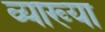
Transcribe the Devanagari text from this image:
व्याख्‍या